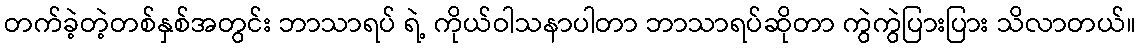
တက်ခဲ့တဲ့တစ်နှစ်အတွင်း ဘာသာရပ် ရဲ့ ကိုယ်ဝါသနာပါတာ ဘာသာရပ်ဆိုတာ ကွဲကွဲပြားပြား သိလာတယ်။